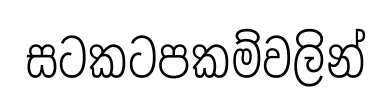
සටකටපකම්වලින්